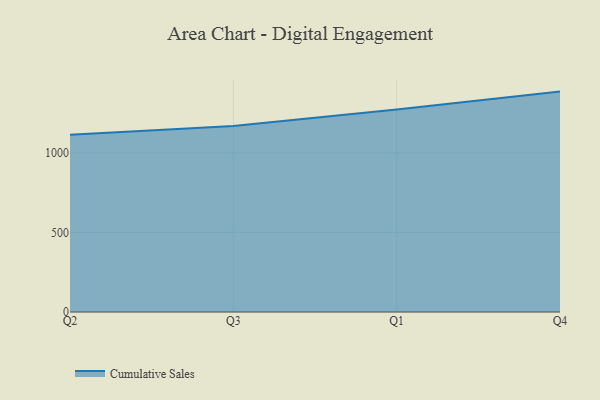
{"axis": {"x": "Quarter", "y": "Conversion Rate (%)"}, "legend": ["Cumulative Sales"], "data": [{"x": "Q2", "y": 1114.2, "type": "Cumulative Sales"}, {"x": "Q3", "y": 1169.4, "type": "Cumulative Sales"}, {"x": "Q1", "y": 1273.1, "type": "Cumulative Sales"}, {"x": "Q4", "y": 1385.9, "type": "Cumulative Sales"}]}